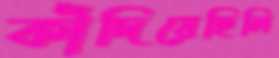
কাঁদিয়েছিলি